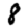
Digit: 8